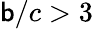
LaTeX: \mathsf{b}/c>3